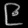
Digit: ၉